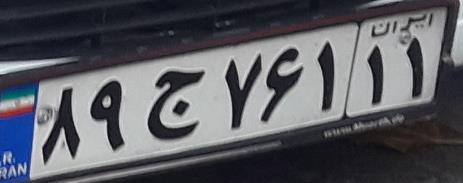
۸۹ج۷۶۱۱۱